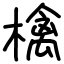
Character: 檎